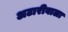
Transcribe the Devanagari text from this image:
अटारीवाला